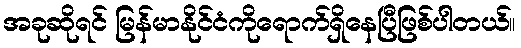
အခုဆိုရင် မြန်မာနိုင်ငံကိုရောက်ရှိနေပြီဖြစ်ပါတယ်။